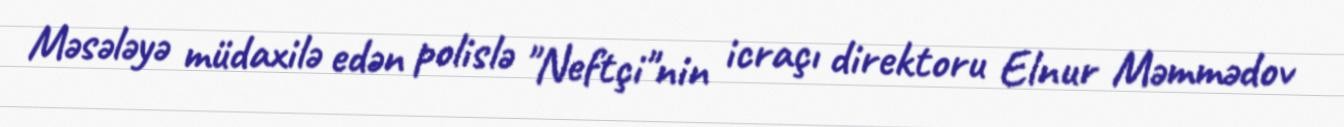
Məsələyə müdaxilə edən polislə "Neftçi"nin icraçı direktoru Elnur Məmmədov